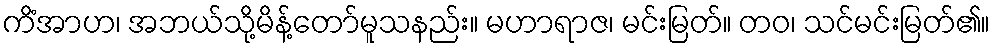
ကိံအာဟ၊ အဘယ်သို့မိန့်တော်မူသနည်း။ မဟာရာဇ၊ မင်းမြတ်။ တဝ၊ သင်မင်းမြတ်၏။